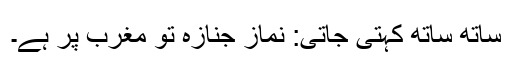
ساتھ ساتھ کہتی جاتی: نماز جنازہ تو مغرب پر ہے۔